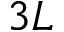
3 L